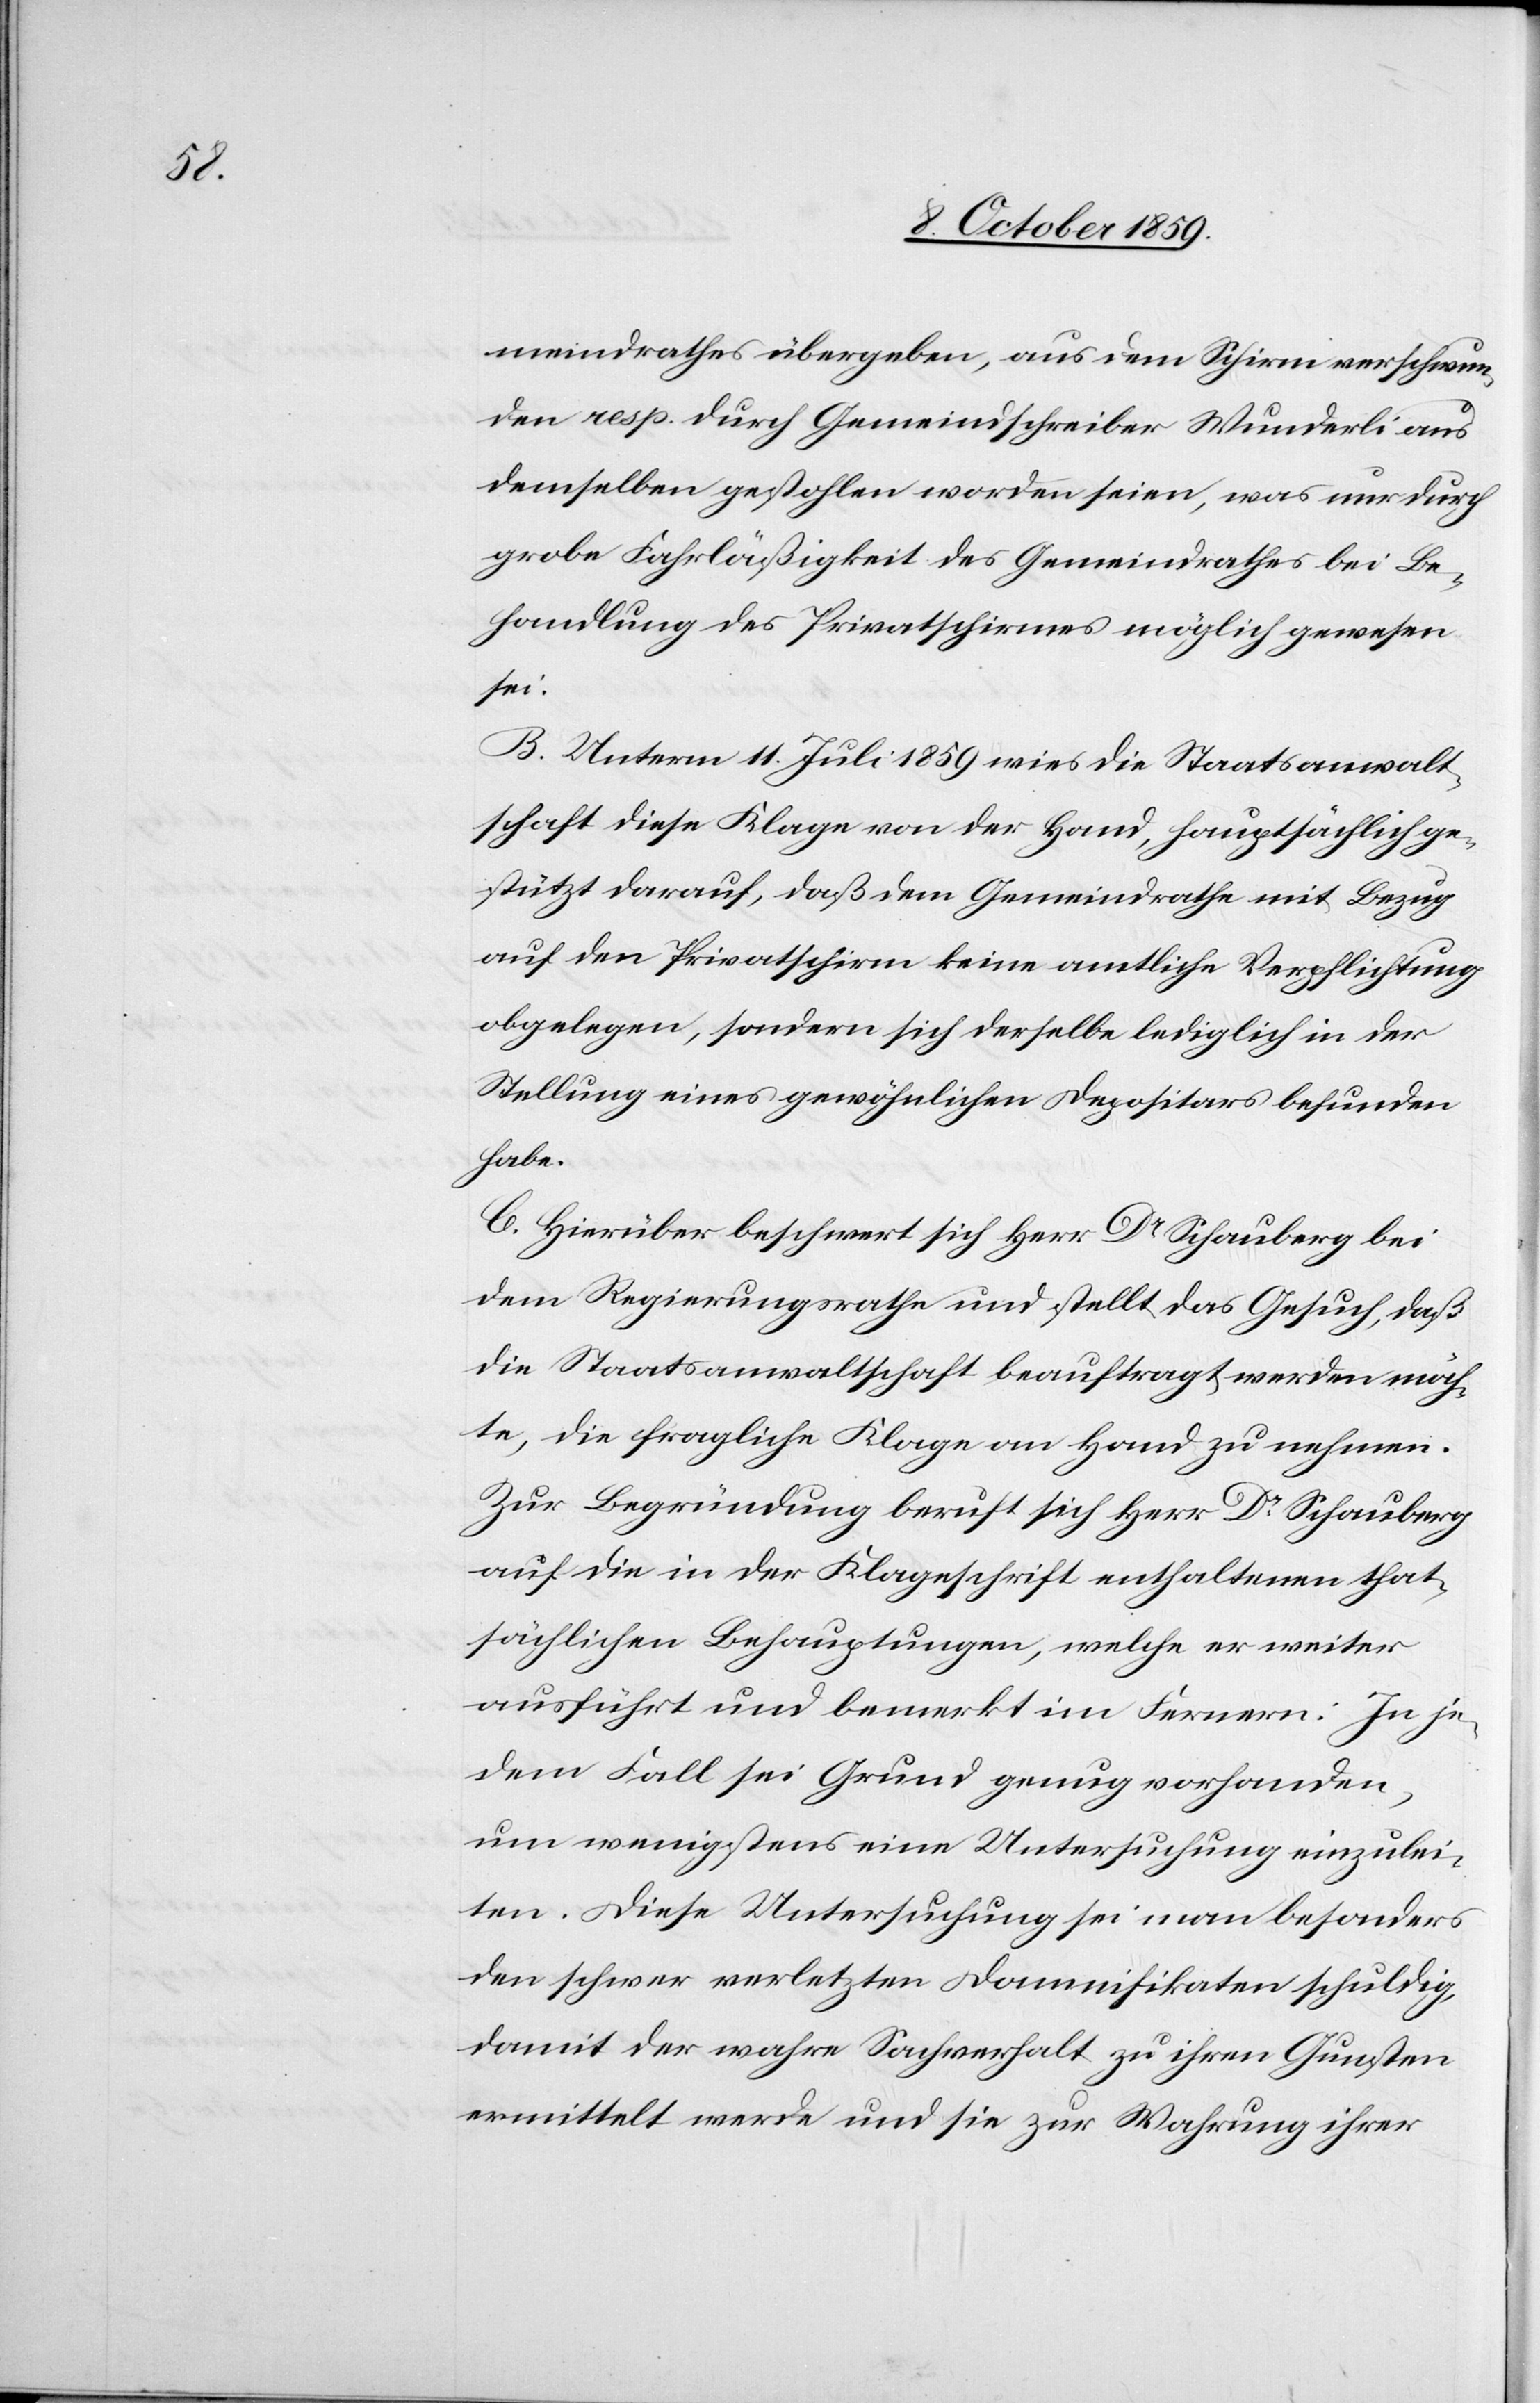
meindrathes übergeben, aus dem Schirm verschwun¬
den resp. durch Gemeindschreiber Wunderli aus
demselben gestohlen worden seien, was nur durch
grobe Fahrläßigkeit des Gemeindrathes bei Be¬
handlung des Privatschirmes möglich gewesen
sei.
B. Unterm 11. Juli 1859 wies die Staatsanwalt¬
schaft diese Klage von der Hand, hauptsächlich ge¬
stützt darauf, daß dem Gemeindrathe mit Bezug
auf den Privatschirm keine amtliche Verpflichtung
obgelegen, sondern sich derselbe lediglich in der
Stellung eines gewöhnlichen Depositars befunden
habe.
C. Hierüber beschwert sich Herr Dr Schauberg bei
dem Regierungsrathe und stellt das Gesuch, daß
die Staatsanwaltschaft beauftragt werden möch¬
te, die fragliche Klage an Hand zu nehmen.
Zur Begründung beruft sich Herr Dr Schauberg
auf die in der Klageschrift enthaltenen that¬
sächlichen Behauptungen, welche er weiter
ausführt und bemerkt, im Fernern: In je¬
dem Fall sei Grund genug vorhanden,
um wenigstens eine Untersuchung einzulei¬
ten. Diese Untersuchung sei man besonders
den schwer verletzten Damnifikaten schuldig,
damit der wahre Sachverhalt zu ihren Gunsten
ermittelt werde und sie zur Wahrung ihrer